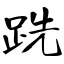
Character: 跣